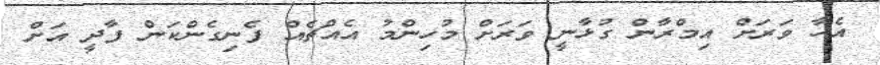
އެހާ ވަރަށް އިމްރާން ގުޅާނީ ވަރަށް މުހިންމު އެއްޗެއް ފެނިގެންކަން ފާދީ އަށް